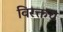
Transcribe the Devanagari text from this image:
विरक्तच